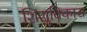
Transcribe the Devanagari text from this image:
शिशुविकास